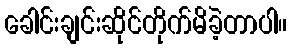
ခေါင်းချင်းဆိုင်တိုက်မိခဲ့တာပါ။